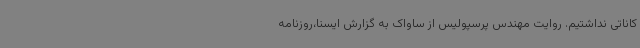
کاناتی نداشتیم. روایت مهندس پرسپولیس از ساواک به گزارش ایسنا،روزنامه